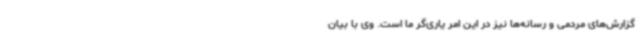
گزارش‌های مردمی و رسانه‌ها نیز در این امر یاری‌گر ما است. وی با بیان